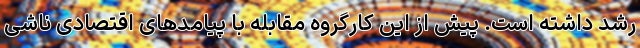
رشد داشته است. پیش از این کارگروه مقابله با پیامدهای اقتصادی ناشی